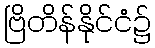
ဗြိတိန်နိုင်ငံ၌